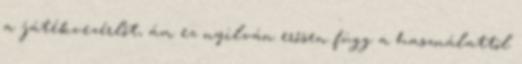
a játékvezérlőt, ám ez nyilván erősen függ a használattól